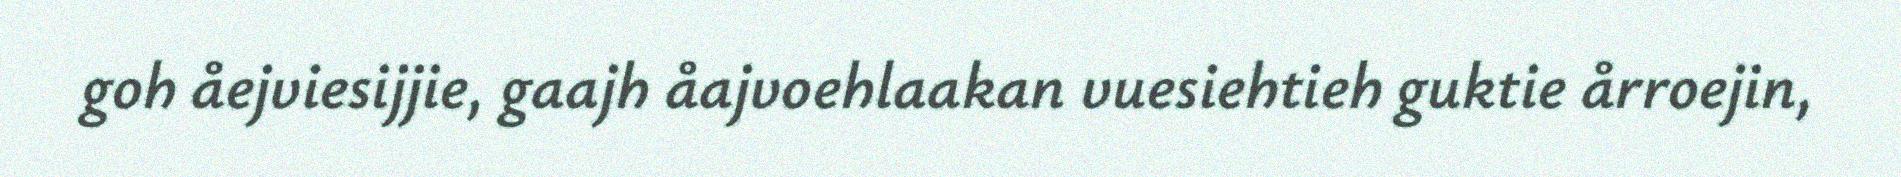
goh åejviesijjie, gaajh åajvoehlaakan vuesiehtieh guktie årroejin,